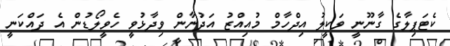
ކެޓަޕިލާގެ ގާނޫނީ ވަކީލު އިދްހާމް މުއިއްޒު އަދުނާން ވިދާޅުވީ ހެވީލޯޑުން އެ ދައްކަނީ